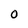
Character: 0